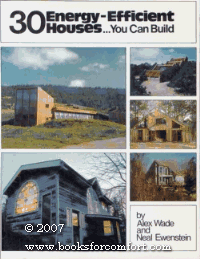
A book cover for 30 Energy-Efficient Houses...You Can Build; Alex Wade; Crafts, Hobbies & Home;